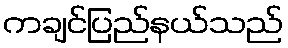
ကချင်ပြည်နယ်သည်